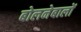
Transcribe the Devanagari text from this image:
बोलनेबालों